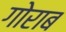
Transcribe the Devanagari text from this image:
गोराब